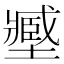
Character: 𡒉